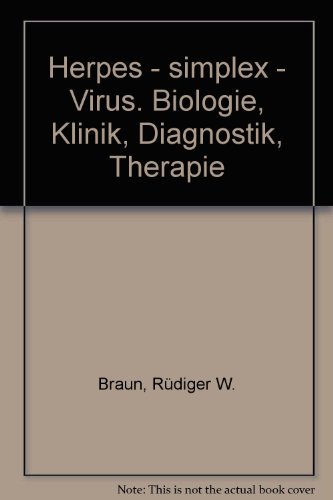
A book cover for Herpes - simplex - Virus. Biologie, Klinik, Diagnostik, Therapie; RÃ¼diger W. Braun; Health, Fitness & Dieting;